Report on the working of the mental hospitals for Indians in Bihar and Orissa - 1925-1929
Year: 1925
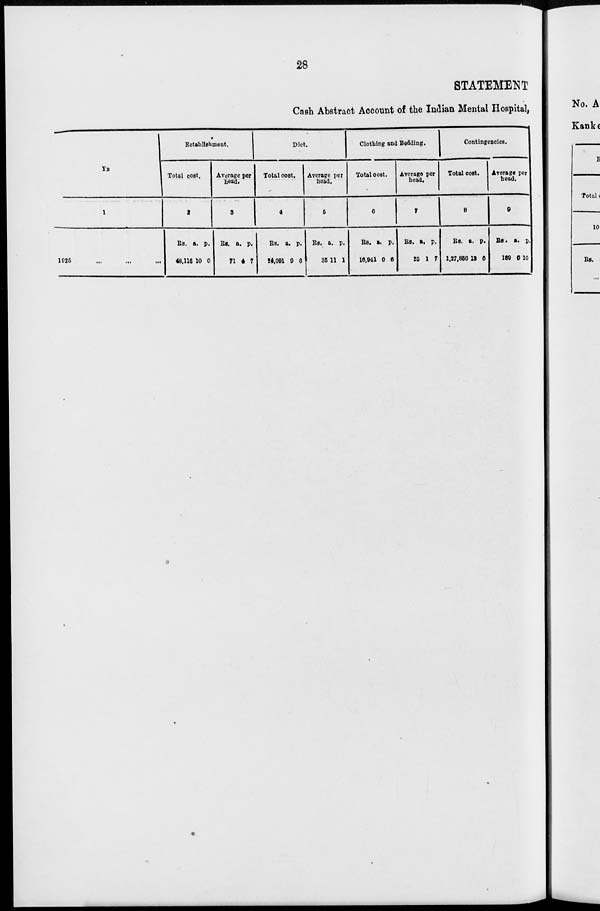
28
STATEMENT
Cash Abstract Account of the Indian Mental Hospital,
YEAR.
1
1925 ... ... ...
Establishment.
Total cost.
2
Rs.
48,116
a.
10
p.
0
Average per
head.
3
Rs.
71
a.
4
p.
7
Diet.
Total cost.
4
Rs.
24,091
a.
9
p.
6
Average per
head.
5
Rs.
35
a.
11
p.
1
Clothing and Bedding.
Total cost.
6
Rs.
16,941
a.
0
p.
6
Average per
head.
7
Rs.
25
a.
1
p.
7
Contingencies.
Total cost.
8
Rs.
1,27,856
a.
13
p.
6
Average per
head.
9
Rs.
189
a.
6
p.
10